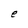
Character: e